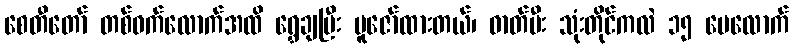
စေတီတော် တစ်ဝက်လောက်အထိ ရွှေချပြီး ပူဇော်ထားတယ်၊ ဓာတ်မီး သုံးတိုင်ကလဲ ၁၅ ပေလောက်